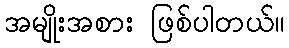
အမျိုးအစား ဖြစ်ပါတယ်။